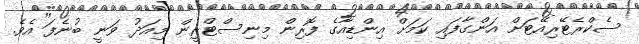
ސެކްރެޓޭރިއޭޓަށް އަންގާފައި ކަމަށް އިންޑިއާގެ ފޮރިން މިނިސްޓްރީން މިއަދު ވަނީ ބުނެފަ އެވެ.